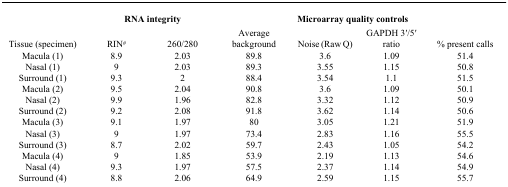
<table><thead><tr><td></td><td colspan="3"><b>RNA integrity</b></td><td colspan="4"><b>Microarray quality controls</b></td></tr></thead><tbody><tr><td>Tissue (specimen)</td><td>RIN<sup>#</sup></td><td colspan="2">260/280</td><td>Average background</td><td>Noise (Raw Q)</td><td>GAPDH 3′/5′ ratio</td><td>% present calls</td></tr><tr><td>Macula (1)</td><td>8.9</td><td>2.03</td><td colspan="2">89.8</td><td>3.6</td><td>1.09</td><td>51.4</td></tr><tr><td>Nasal (1)</td><td>9</td><td>2.03</td><td colspan="2">89.3</td><td>3.55</td><td>1.15</td><td>50.8</td></tr><tr><td>Surround (1)</td><td>9.3</td><td>2</td><td colspan="2">88.4</td><td>3.54</td><td>1.1</td><td>51.5</td></tr><tr><td>Macula (2)</td><td>9.5</td><td>2.04</td><td colspan="2">90.8</td><td>3.6</td><td>1.09</td><td>50.1</td></tr><tr><td>Nasal (2)</td><td>9.9</td><td>1.96</td><td colspan="2">82.8</td><td>3.32</td><td>1.12</td><td>50.9</td></tr><tr><td>Surround (2)</td><td>9.2</td><td>2.08</td><td colspan="2">91.8</td><td>3.62</td><td>1.14</td><td>50.6</td></tr><tr><td>Macula (3)</td><td>9.1</td><td>1.97</td><td colspan="2">80</td><td>3.05</td><td>1.21</td><td>51.9</td></tr><tr><td>Nasal (3)</td><td>9</td><td>1.97</td><td colspan="2">73.4</td><td>2.83</td><td>1.16</td><td>55.5</td></tr><tr><td>Surround (3)</td><td>8.7</td><td>2.02</td><td colspan="2">59.7</td><td>2.43</td><td>1.05</td><td>54.2</td></tr><tr><td>Macula (4)</td><td>9</td><td>1.85</td><td colspan="2">53.9</td><td>2.19</td><td>1.13</td><td>54.6</td></tr><tr><td>Nasal (4)</td><td>9.3</td><td>1.97</td><td colspan="2">57.5</td><td>2.37</td><td>1.14</td><td>54.9</td></tr><tr><td>Surround (4)</td><td>8.8</td><td>2.06</td><td colspan="2">64.9</td><td>2.59</td><td>1.15</td><td>55.7</td></tr></tbody></table>